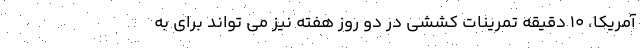
آمریکا، 10 دقیقه تمرینات کششی در دو روز هفته نیز می تواند برای به